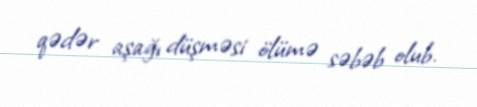
qədər aşağı düşməsi ölümə səbəb olub.